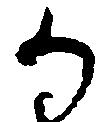
か